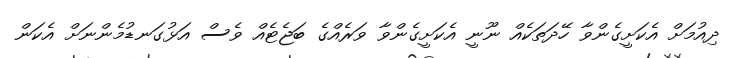
ދިއުމަށް އެކަށީގެންވާ ހޭދަތަކެއް ނޫނީ އެކަށީގެންވާ ވަރެއްގެ ބަޖެޓެއް ވެސް އަޅުގަނޑުމެންނަށް އެކަން